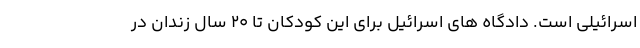
اسرائیلی است. دادگاه های اسرائیل برای این کودکان تا 20 سال زندان در